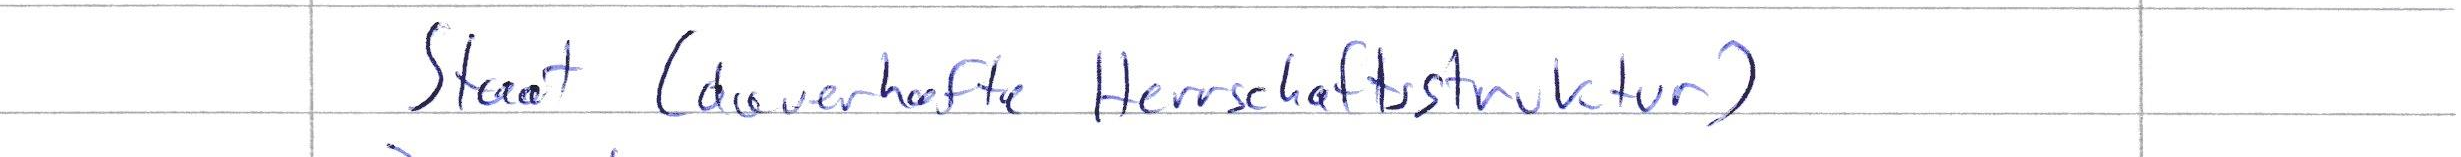
Staat (dauerhafte Herrschaftsstruktur)